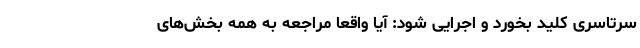
سرتاسری کلید بخورد و اجرایی شود: آیا واقعاً مراجعه به همه بخش‌های